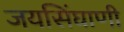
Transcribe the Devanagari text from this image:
जयसिंघाणी